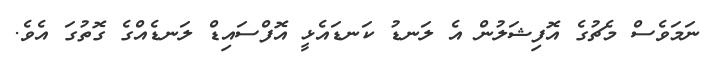
ނަމަވެސް މެޗުގެ އޮފިޝަލުން އެ ލަނޑު ކަނޑައެޅީ އޮފްސައިޑް ލަނޑެއްގެ ގޮތުގަ އެވެ.